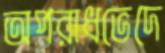
অপরাধভেদে